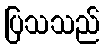
ပြသသည်